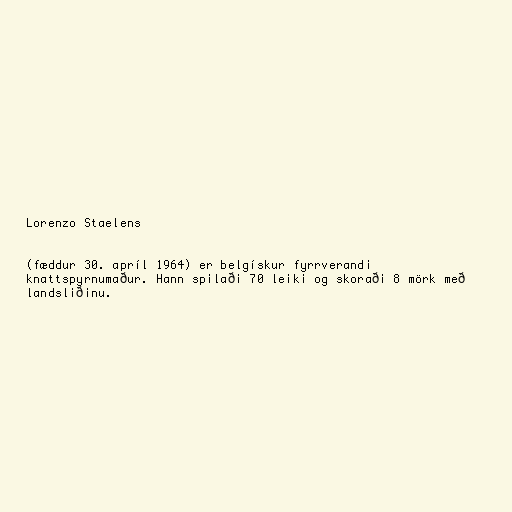
Lorenzo Staelens

(fæddur 30. apríl 1964) er belgískur fyrrverandi
knattspyrnumaður. Hann spilaði 70 leiki og skoraði 8 mörk með
landsliðinu.